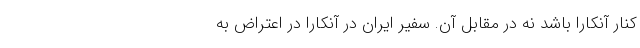
کنار آنکارا باشد نه در مقابل آن. سفیر ایران در آنکارا در اعتراض به